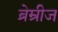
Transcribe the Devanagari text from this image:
ब्रेम्रीज